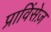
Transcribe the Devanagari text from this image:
प्राविंसेज़